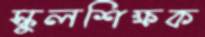
স্কুলশিক্ষক